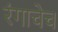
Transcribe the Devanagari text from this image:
रंगाचेच